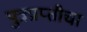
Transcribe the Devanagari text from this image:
पुत्रप्राप्‍तीचा